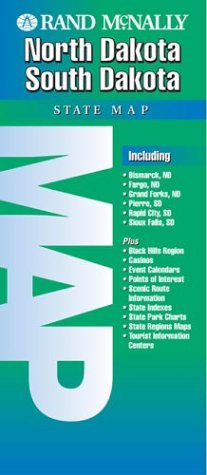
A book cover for Rand McNally North Dakota South Dakota State Map (State Maps-USA); Rand McNally and Company; Travel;